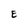
Character: E